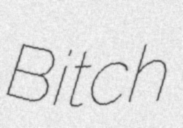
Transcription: Bitch